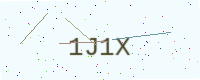
Text: 1J1X